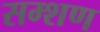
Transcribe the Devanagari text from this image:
सम्शण